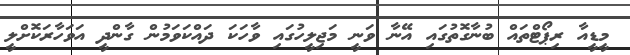
މީޑީއާ ރިޕޯޓްތައް ބުނާގޮތުގައި އޭނާ ވަނީ މަޖިލީހުގައި ވާހަކަ ދައްކަވަމުން ގާންދީ އަވަހާރަކޮށްލީ